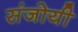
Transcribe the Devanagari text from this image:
संजोयी